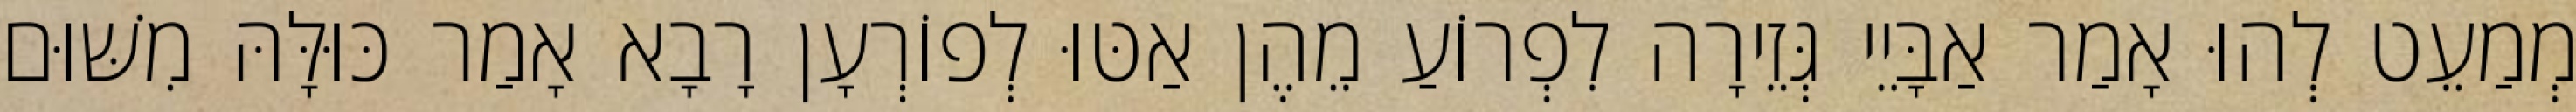
מְמַעֵט לְהוּ אָמַר אַבָּיֵי גְּזֵירָה לִפְרוֹעַ מֵהֶן אַטּוּ לְפוֹרְעָן רָבָא אָמַר כּוּלָּהּ מִשּׁוּם